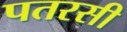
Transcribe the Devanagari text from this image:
पतरसी